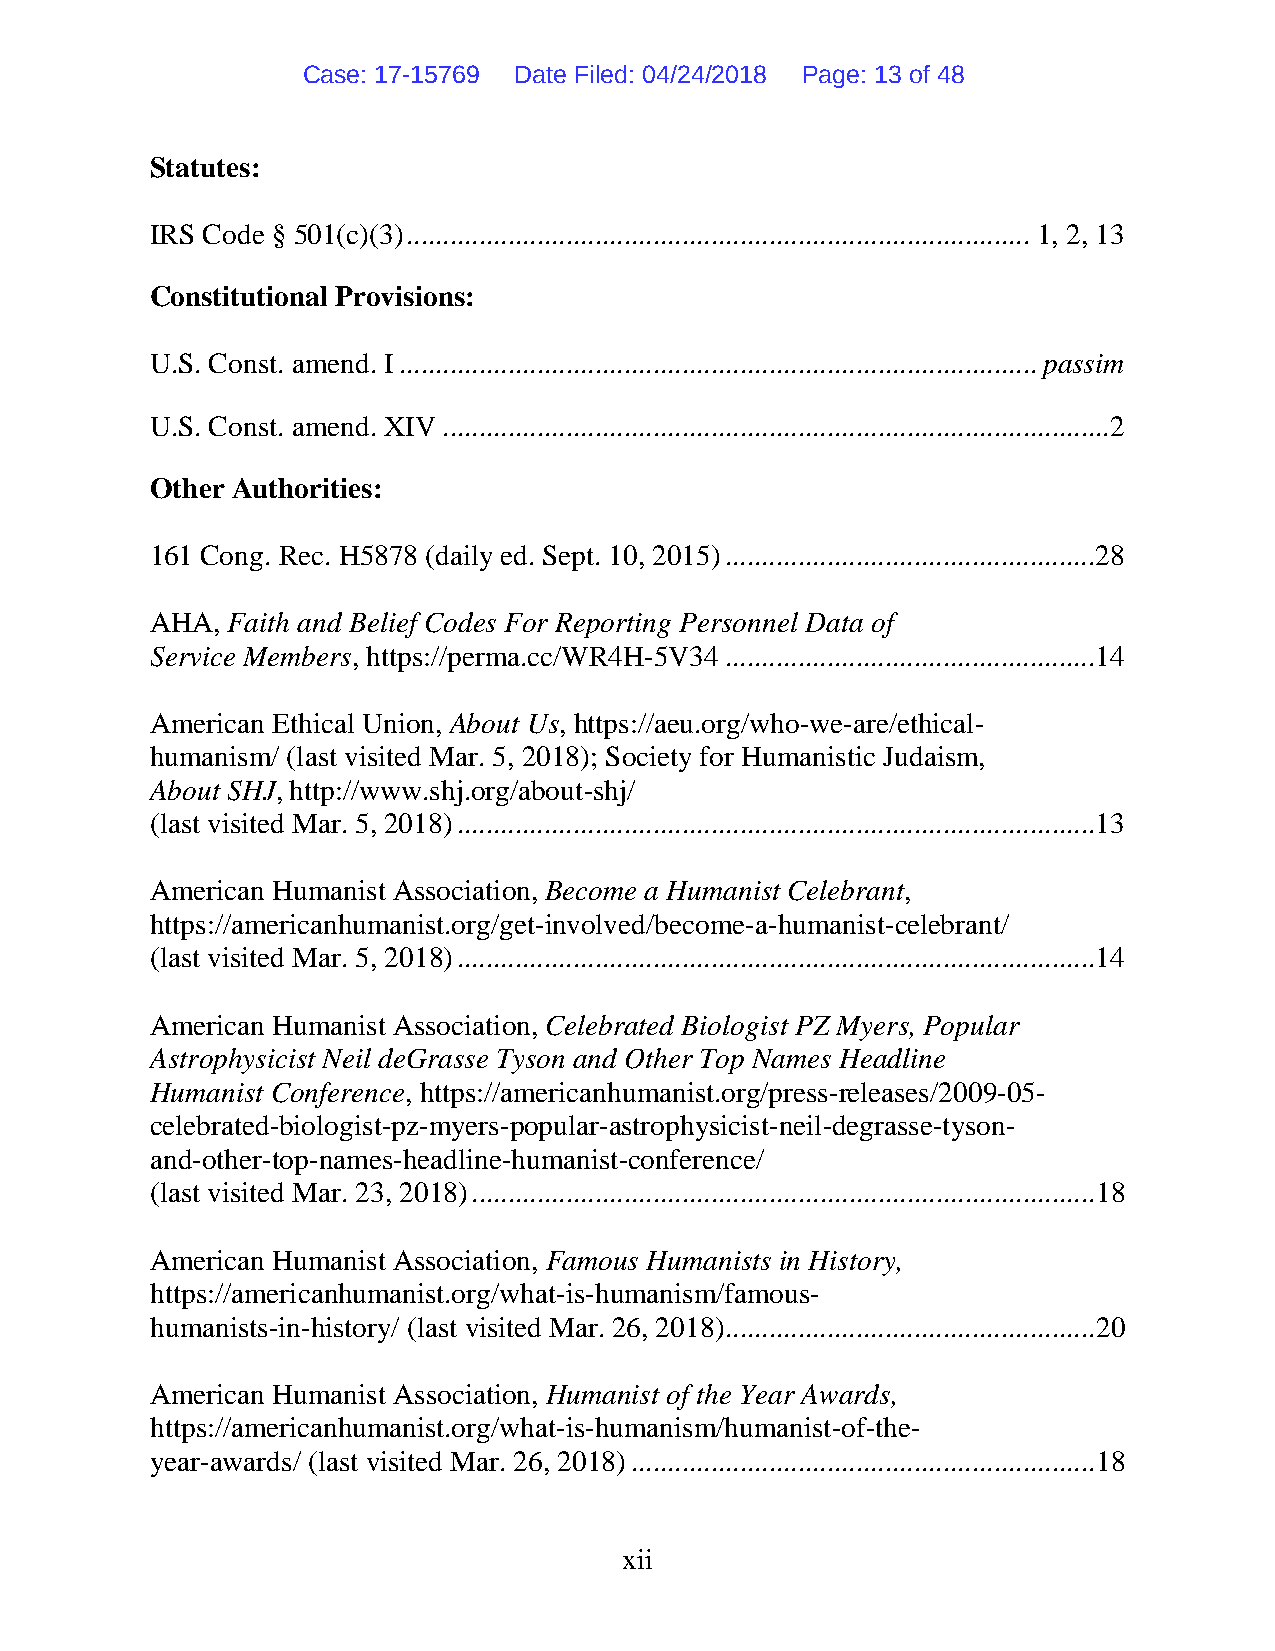
Case: 17-15769 Date Filed: 04/24/2018 Page: 13 of 48
 Statutes:
 IRS Code § 501(c)(3) ...................................................................................... 1, 2, 13
 Constitutional Provisions:
 U.S. Const. amend. I ........................................................................................ passim
 U.S. Const. amend. XIV ............................................................................................2
 Other Authorities:
 161 Cong. Rec. H5878 (daily ed. Sept. 10, 2015) ...................................................28
 AHA, Faith and Belief Codes For Reporting Personnel Data of
 Service Members, https://perma.cc/WR4H-5V34 ...................................................14
 American Ethical Union, About Us, https://aeu.org/who-we-are/ethical-
 humanism/ (last visited Mar. 5, 2018); Society for Humanistic Judaism,
 About SHJ, http://www.shj.org/about-shj/
 (last visited Mar. 5, 2018) ........................................................................................13
 American Humanist Association, Become a Humanist Celebrant,
 https://americanhumanist.org/get-involved/become-a-humanist-celebrant/
 (last visited Mar. 5, 2018) ........................................................................................14
 American Humanist Association, Celebrated Biologist PZ Myers, Popular
 Astrophysicist Neil deGrasse Tyson and Other Top Names Headline
 Humanist Conference, https://americanhumanist.org/press-releases/2009-05-
 celebrated-biologist-pz-myers-popular-astrophysicist-neil-degrasse-tyson-
 and-other-top-names-headline-humanist-conference/
 (last visited Mar. 23, 2018) ...................................................................................... 18
 American Humanist Association, Famous Humanists in History,
 https://americanhumanist.org/what-is-humanism/famous-
 humanists-in-history/ (last visited Mar. 26, 2018) ................................................... 20
 American Humanist Association, Humanist of the Year Awards,
 https://americanhumanist.org/what-is-humanism/humanist-of-the-
 year-awards/ (last visited Mar. 26, 2018) ................................................................ 18
 xii